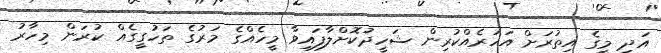
އަދި މީގެ އިތުރަށް އަހަރެއްކުރިން ޝަހީދުކޮށްލާފައިވާ މީހެއްގެ މަރުގެ ތަހުގީގެއް ކުރަން މިހާރު